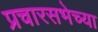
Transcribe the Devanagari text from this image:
प्रचारसभेच्या